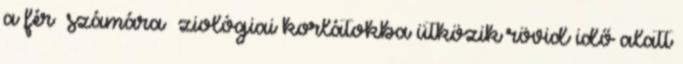
a férﬁ számára ﬁziológiai korlátokba ütközik rövid idő alatt